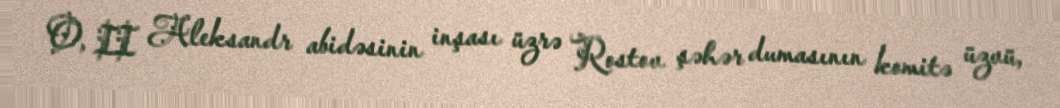
O, II Aleksandr abidəsinin inşası üzrə Rostov şəhər dumasının komitə üzvü,